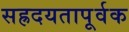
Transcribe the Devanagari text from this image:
सह्रदयतापूर्वक